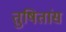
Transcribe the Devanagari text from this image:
तुषितांस